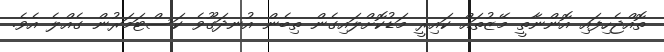
ތޮއްޖެހިފައި އޮންނާތީ މޭޒުތައް ކައިރީ މަޑުކޮށްލައިގެން ތިބެން އުނދަގޫވެ ކަސްޓަމަރުން ގެއްލެ އެވެ.